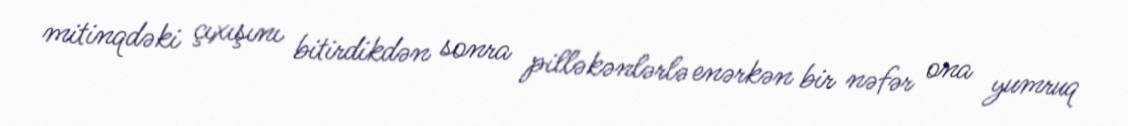
mitinqdəki çıxışını bitirdikdən sonra pilləkənlərlə enərkən bir nəfər ona yumruq